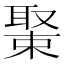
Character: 𦖰